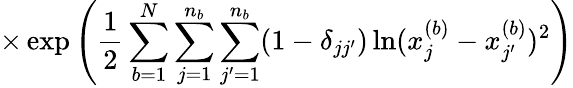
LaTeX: \times\exp\left(\frac{1}{2}\sum_{b=1}^{N}\sum_{j=1}^{n_{b}}\sum_{j^{\prime}=1}^{n_{b}}(1-\delta_{jj^{\prime}})\ln(x_{j}^{(b)}-x_{j^{\prime}}^{(b)})^{2}\right)